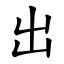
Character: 出